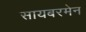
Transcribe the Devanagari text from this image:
सायबरमेन